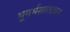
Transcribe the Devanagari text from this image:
भूगर्भशास्त्रज्ञाला